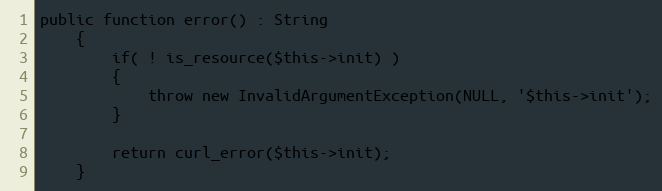
Language: PHP
public function error() : String
    {
        if( ! is_resource($this->init) )
        {
            throw new InvalidArgumentException(NULL, '$this->init');
        }

        return curl_error($this->init);
    }